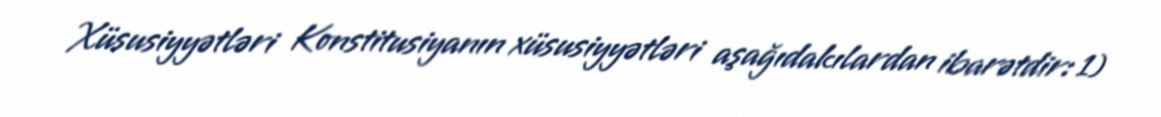
Xüsusiyyətləri Konstitusiyanın xüsusiyyətləri aşağıdakılardan ibarətdir: 1)